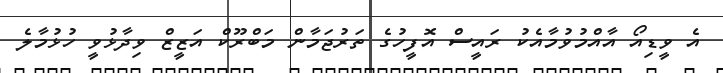
އެ ވީީޑިއޯ އާއްމުވުމާއެކު ރައީީސް އޮފީހުގެ ތަރުޖަމާން މަބްރޫކް އަޒީޒް ވިދާޅުވީ ހުޅުމާލެ